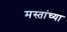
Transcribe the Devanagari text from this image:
मस्तांच्या